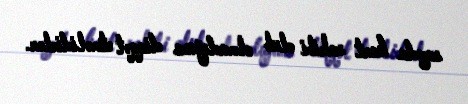
sayda kart sahibi olub olmadığına diqqət etməlidirlər.